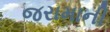
જરામાની